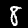
Digit: 8